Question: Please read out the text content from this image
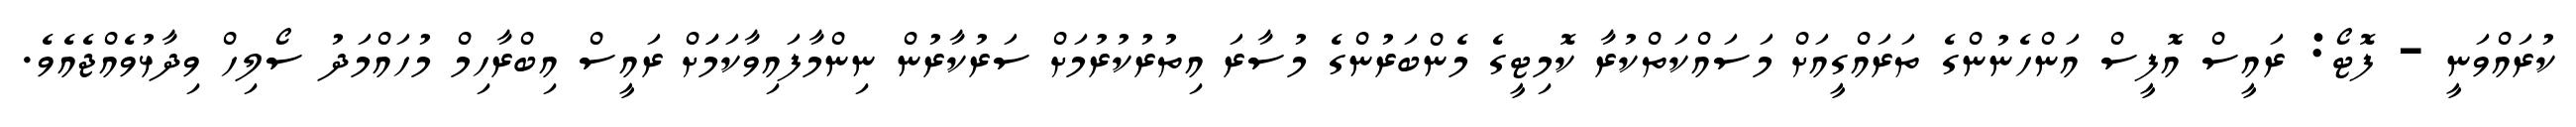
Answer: ކުރައްވަނީ - ފޮޓޯ: ރައީސް އޮފީސް އަންހެނުންގެ ތަރައްގީއަށް މަސައްކަތްކުރާ ކޮމިޓީގެ މެންބަރުންގެ މުސާރަ އިތުރުކުރުމަށް ސަރުކާރުން ނިންމާފައިވާކަމަަށް ރައީސް އިބްރާހިމް މުހައްމަދު ސޯލިހް ވިދާޅުވެއްޖެއެވެ.